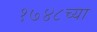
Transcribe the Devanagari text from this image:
१७४८च्या